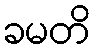
ခမတိ